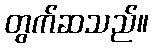
တွက်ဆသည်။